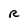
Character: R